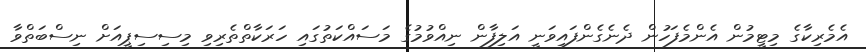
އެމެރިކާގެ މިޓީމުން އެންމެފަހުން ދެނެގެންފައިވަނީ އަލިފާން ނިއްވުމުގެ މަސައްކަތުގައި ހަރަކާތްތެރިވި މިސިސިޕީއަށް ނިސްބަތްވާ